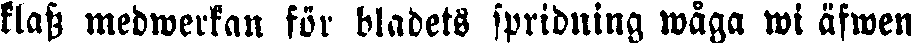
klass medwerkan för bladets spridning wåga wi äfwen